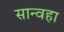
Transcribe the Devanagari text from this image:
सान्वहा